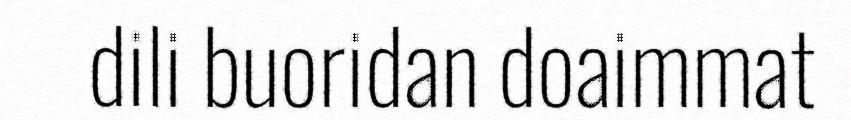
dili buoridan doaimmat